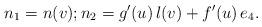
LaTeX: \begin{align*} n_1 = n(v); n_2 = g'(u)\,l(v) + f'(u) \, e_4.\end{align*}